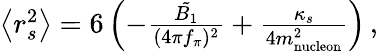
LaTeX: \begin{array}{r}{\left<r_{s}^{2}\right>=6\left(-\frac{\tilde{B_{1}}}{(4\pi f_{\pi})^{2}}+\frac{\kappa_{s}}{4m_{\mathrm{nucleon}}^{2}}\right)\, ,}\end{array}